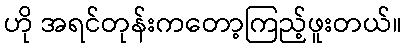
ဟို အရင်တုန်းကတော့ကြည့်ဖူးတယ်။